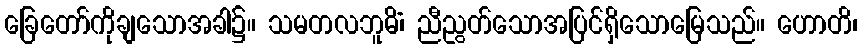
ခြေတော်ကိုချသောအခါ၌။ သမတလဘူမိံ၊ ညီညွတ်သောအပြင်ရှိသောမြေသည်။ ဟောတိ၊